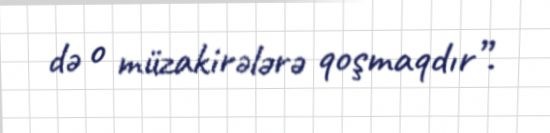
də o müzakirələrə qoşmaqdır”.